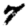
Digit: 7